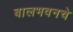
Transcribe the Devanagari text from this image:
बालभवनचे